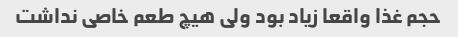
حجم غذا واقعا زیاد بود ولی هیچ طعم خاصی نداشت